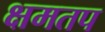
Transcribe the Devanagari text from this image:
क्षमतप